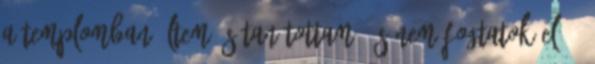
a templomban ültem és tanítottam, és nem fogtatok el.''